Vaccination United Provinces of Agra and Oudh 1923-1928 - 1923-1928
Year: 1923
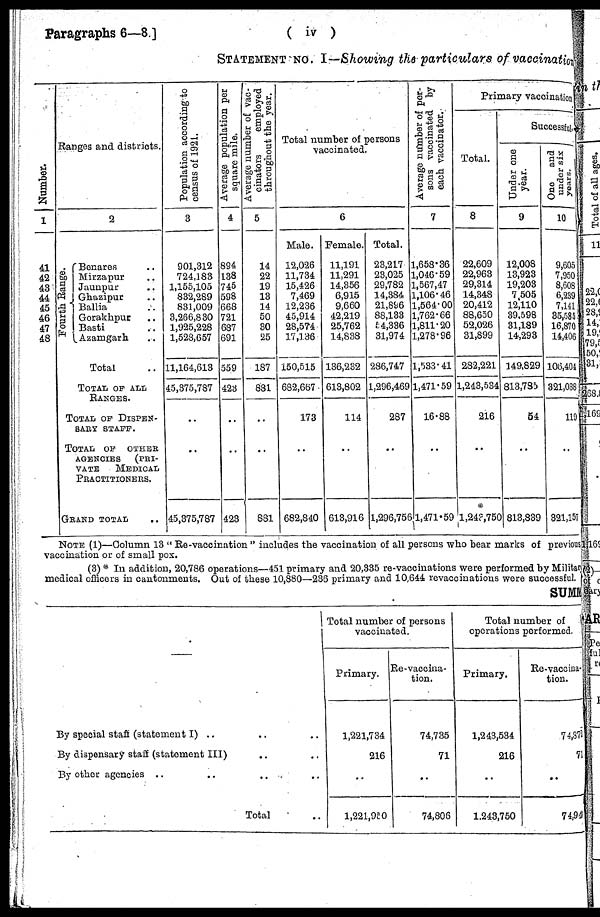
Paragraphs 6—8 ]
( iv )
STATEMENT NO. I—Showing the particulars of vaccination
Number.
1
41
42
43
44
45
46
47
48
Ranges and districts.
2
Fourth Range.
Benares ..
Mirzapur ..
Jaunpur ..
Ghazipur ..
Ballia ..
Gorakhpur ..
Basti ..
Azamgarh ..
Total ..
TOTAL OF ALL
RANGES.
TOTAL OF DISPEN-
SARY STAFF.
TOTAL OF OTHER
AGENCIES
(PRI-
VATE
MEDICAL
PRACTITIONERS.
GRAND TOTAL ..
Population according to
census of 1921.
3
901,312
724,183
1,155,105
832,289
831,009
3,266,830
1,925,228
1,528,657
11,164,613
45,375,787
..
..
45,375,787
Average population per
square mile.
4
894
138
745
598
668
721
687
691
559
423
..
..
423
Average number of vac-
cinators
employed
throughout the year.
5
14
22
19
13
14
50
30
25
187
881
..
..
881
Total number of persons
vaccinated.
6
Male.
12,026
11,734
15,426
7,469
12,236
45,914
28,574
17,136
150,515
682,667
173
..
682,840
Female.
11,191
11,291
14,356
6,915
9,660
42,219
25,762
14,838
136,232
613,802
114
..
613,916
Total.
23,217
23,025
29,782
14,384
21,896
88,133
54,336
31,974
286,747
1,296,469
287
..
1,296,756
Average number of per-
sons vaccinated by
each vaccinator.
7
1,653.36
1,046.59
1,567,47
1,106.46
1,564.00
1,762.66
1,811.20
1,278.96
1,533.41
1,471.59
16.88
..
1,471.59
Primary vaccination
Total.
8
22,609
22,963
29,314
14,348
20,412
88,650
52,026
31,899
282,221
1,243,534
216
..
1,243,750
Successful..
Under one
year.
9
12,008
13,923
19,203
7,505
12,110
39,598
31,189
14,293
149,829
813,785
54
..
813,839
One
and
under six
years.
10
9,605
7,950
8,608
6,239
7,141
35,585
16,870
14,406
106,404
321,038
119
..
321,157
NOTE (1)—Column 13 "Re-vaccination" includes the vaccination of all persons who bear marks of previous
vaccination or of small-pox.
(3) * In addition, 20,786 operations—451 primary and 20,335 re-vaccinations were performed by Military
medical officers in cantonments. Out of these 10,880—236 primary and 10,644 revaccinations were successful.
SUMM
By special staff (statement I) .. .. ..
By dispensary staff (statement III) .. ..
By other agencies .. .. .. ..
Total ..
Total number of persons
vaccinated.
Primary.
1,221,734
216
..
l,221,950
Re-vaccina-
tion.
74,735
71
..
74,806
Total number of
operations performed.
Primary.
1,243,534
216
..
1,243,750
Re-vaccina-
tion.
74,372
71
..
74,943